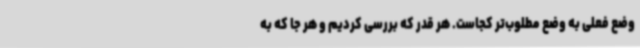
وضع فعلی به وضع مطلوب‌تر کجاست. هر قدر که بررسی کردیم و هر جا که به